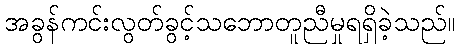
အခွန်ကင်းလွတ်ခွင့်သဘောတူညီမှုရရှိခဲ့သည်။